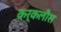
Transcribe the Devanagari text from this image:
कर्कलीस